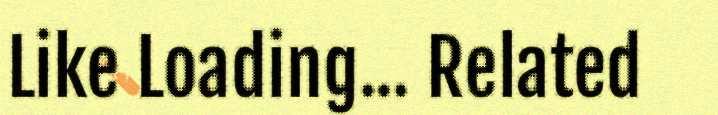
Like Loading... Related